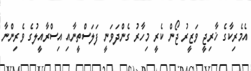
އެމެރިކާގެ ޚާރިޖީ ވަޒީރު ޖޯން ކެރީ މިހާރު ގެންދަވަނީ ފަލަސްތީނާއި އިސްރާއީލުގެ ވެރިންނާ